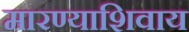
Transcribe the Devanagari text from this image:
मारण्याशिवाय